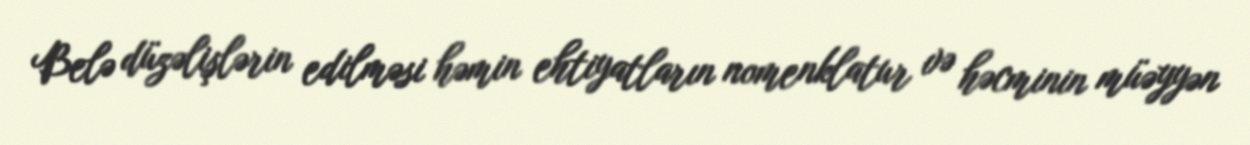
Belə düzəlişlərin edilməsi həmin ehtiyatların nomenklatur və həcminin müəyyən